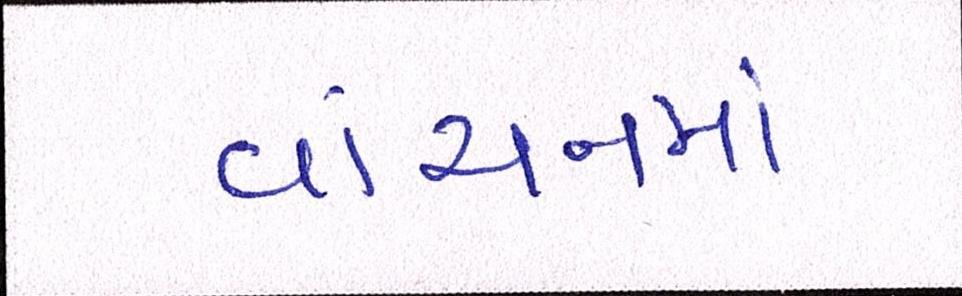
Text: વાંચનમાં